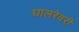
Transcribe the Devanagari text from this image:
घालरेवरी